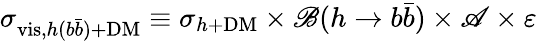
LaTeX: \sigma_{\mathrm{vis},h(b\bar{b})+\mathrm{DM}}\equiv\sigma_{h+\mathrm{DM}}\times\mathscr{B}(h\to b\bar{b})\times\mathscr{A}\times\varepsilon